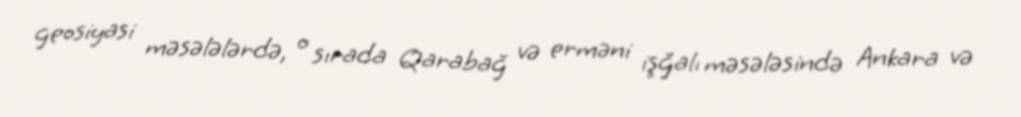
geosiyasi məsələlərdə, o sırada Qarabağ və erməni işğalı məsələsində Ankara və